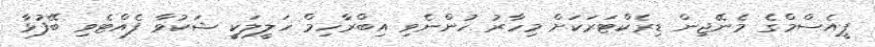
ޕީއެސްމްގެ މެނޭޖިން ޑިރެކްޓަރަކަށް މިހާރު ހުންނެވި އިބްރާހިމް ހަލީލަކީ ޝަކުވާ ފެއްޓެވި ބޭފުޅާ